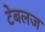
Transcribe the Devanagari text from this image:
टेबलज